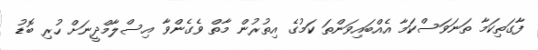
ފާގަތިކަމާ ތަނަވަސްކަމާ އެއްބައިވަންތަ ކަމުގެ އިތުރުން މާތް ވެގެންވާ އިސްލާމްދީނަށް ހުރި ބޮޑު